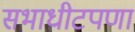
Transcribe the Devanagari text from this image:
सभाधीटपणा